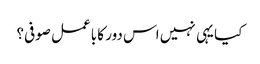
کیا یہی نہیں اس دور کا باعمل صوفی؟